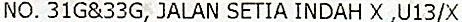
NO. 31G&33G, JALAN SETIA INDAH X ,U13/X